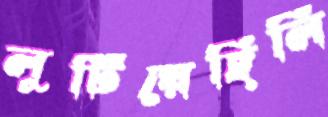
লুটিয়েছিলি